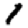
Digit: 1